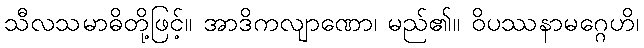
သီလသမာဓိတို့ဖြင့်။ အာဒိကလျာဏော၊ မည်၏။ ဝိပဿနာမဂ္ဂေဟိ၊